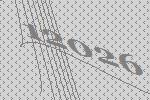
12026